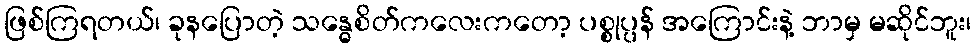
ဖြစ်ကြရတယ်၊ ခုနပြောတဲ့ သန္ဓေစိတ်ကလေးကတော့ ပစ္စုပ္ပန် အကြောင်းနဲ့ ဘာမှ မဆိုင်ဘူး၊